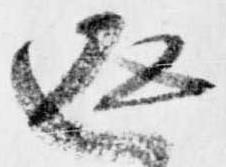
返